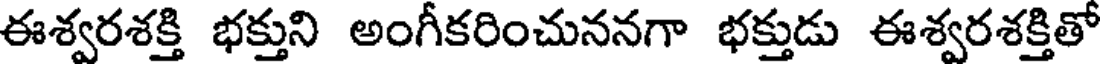
ఈశ్వరశక్తి భక్తుని అంగీకరించుననగా భక్తుడు ఈశ్వరశక్తితో